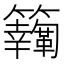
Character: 𩍸